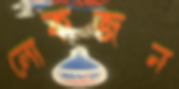
লোকজন